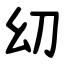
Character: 㓜